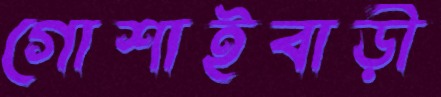
গোশাইবাড়ী